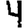
Digit: 4